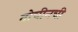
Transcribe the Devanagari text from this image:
तोचीनची